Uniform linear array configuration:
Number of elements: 48
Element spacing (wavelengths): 0.25
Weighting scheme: cosine
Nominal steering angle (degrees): -15
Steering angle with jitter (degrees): -15.976
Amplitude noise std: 0.05
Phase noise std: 0.05

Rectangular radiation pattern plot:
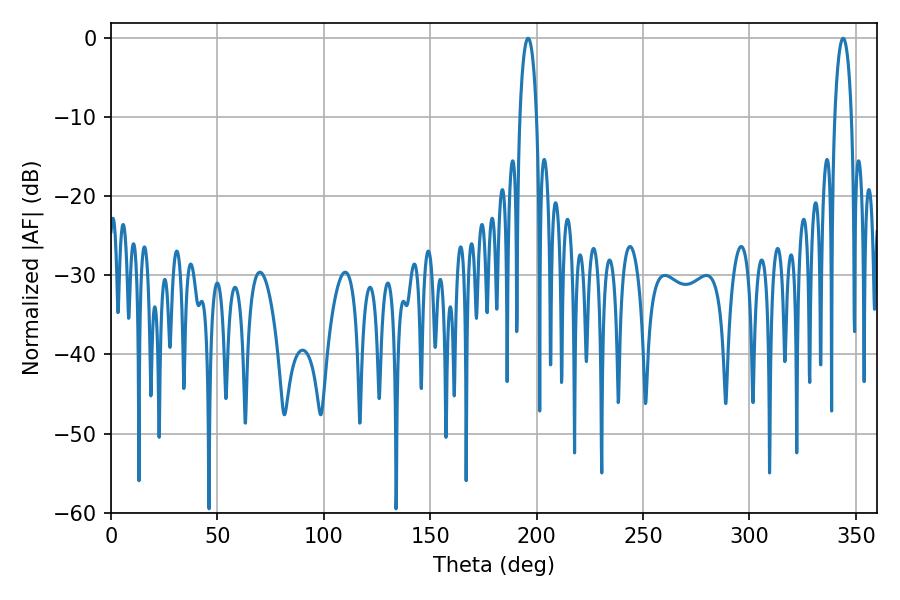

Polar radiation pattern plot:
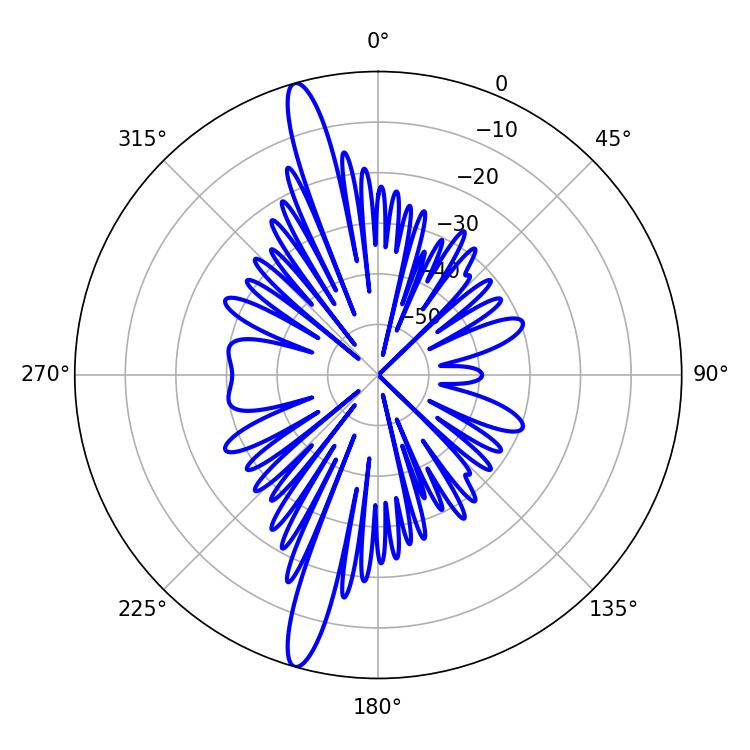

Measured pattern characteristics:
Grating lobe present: FALSE
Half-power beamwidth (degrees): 4.32
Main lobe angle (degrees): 343.98